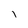
Character: I